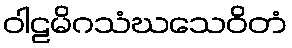
ဝါဠမိဂသံဃသေဝိတံ